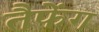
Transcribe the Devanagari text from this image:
तैफेंग